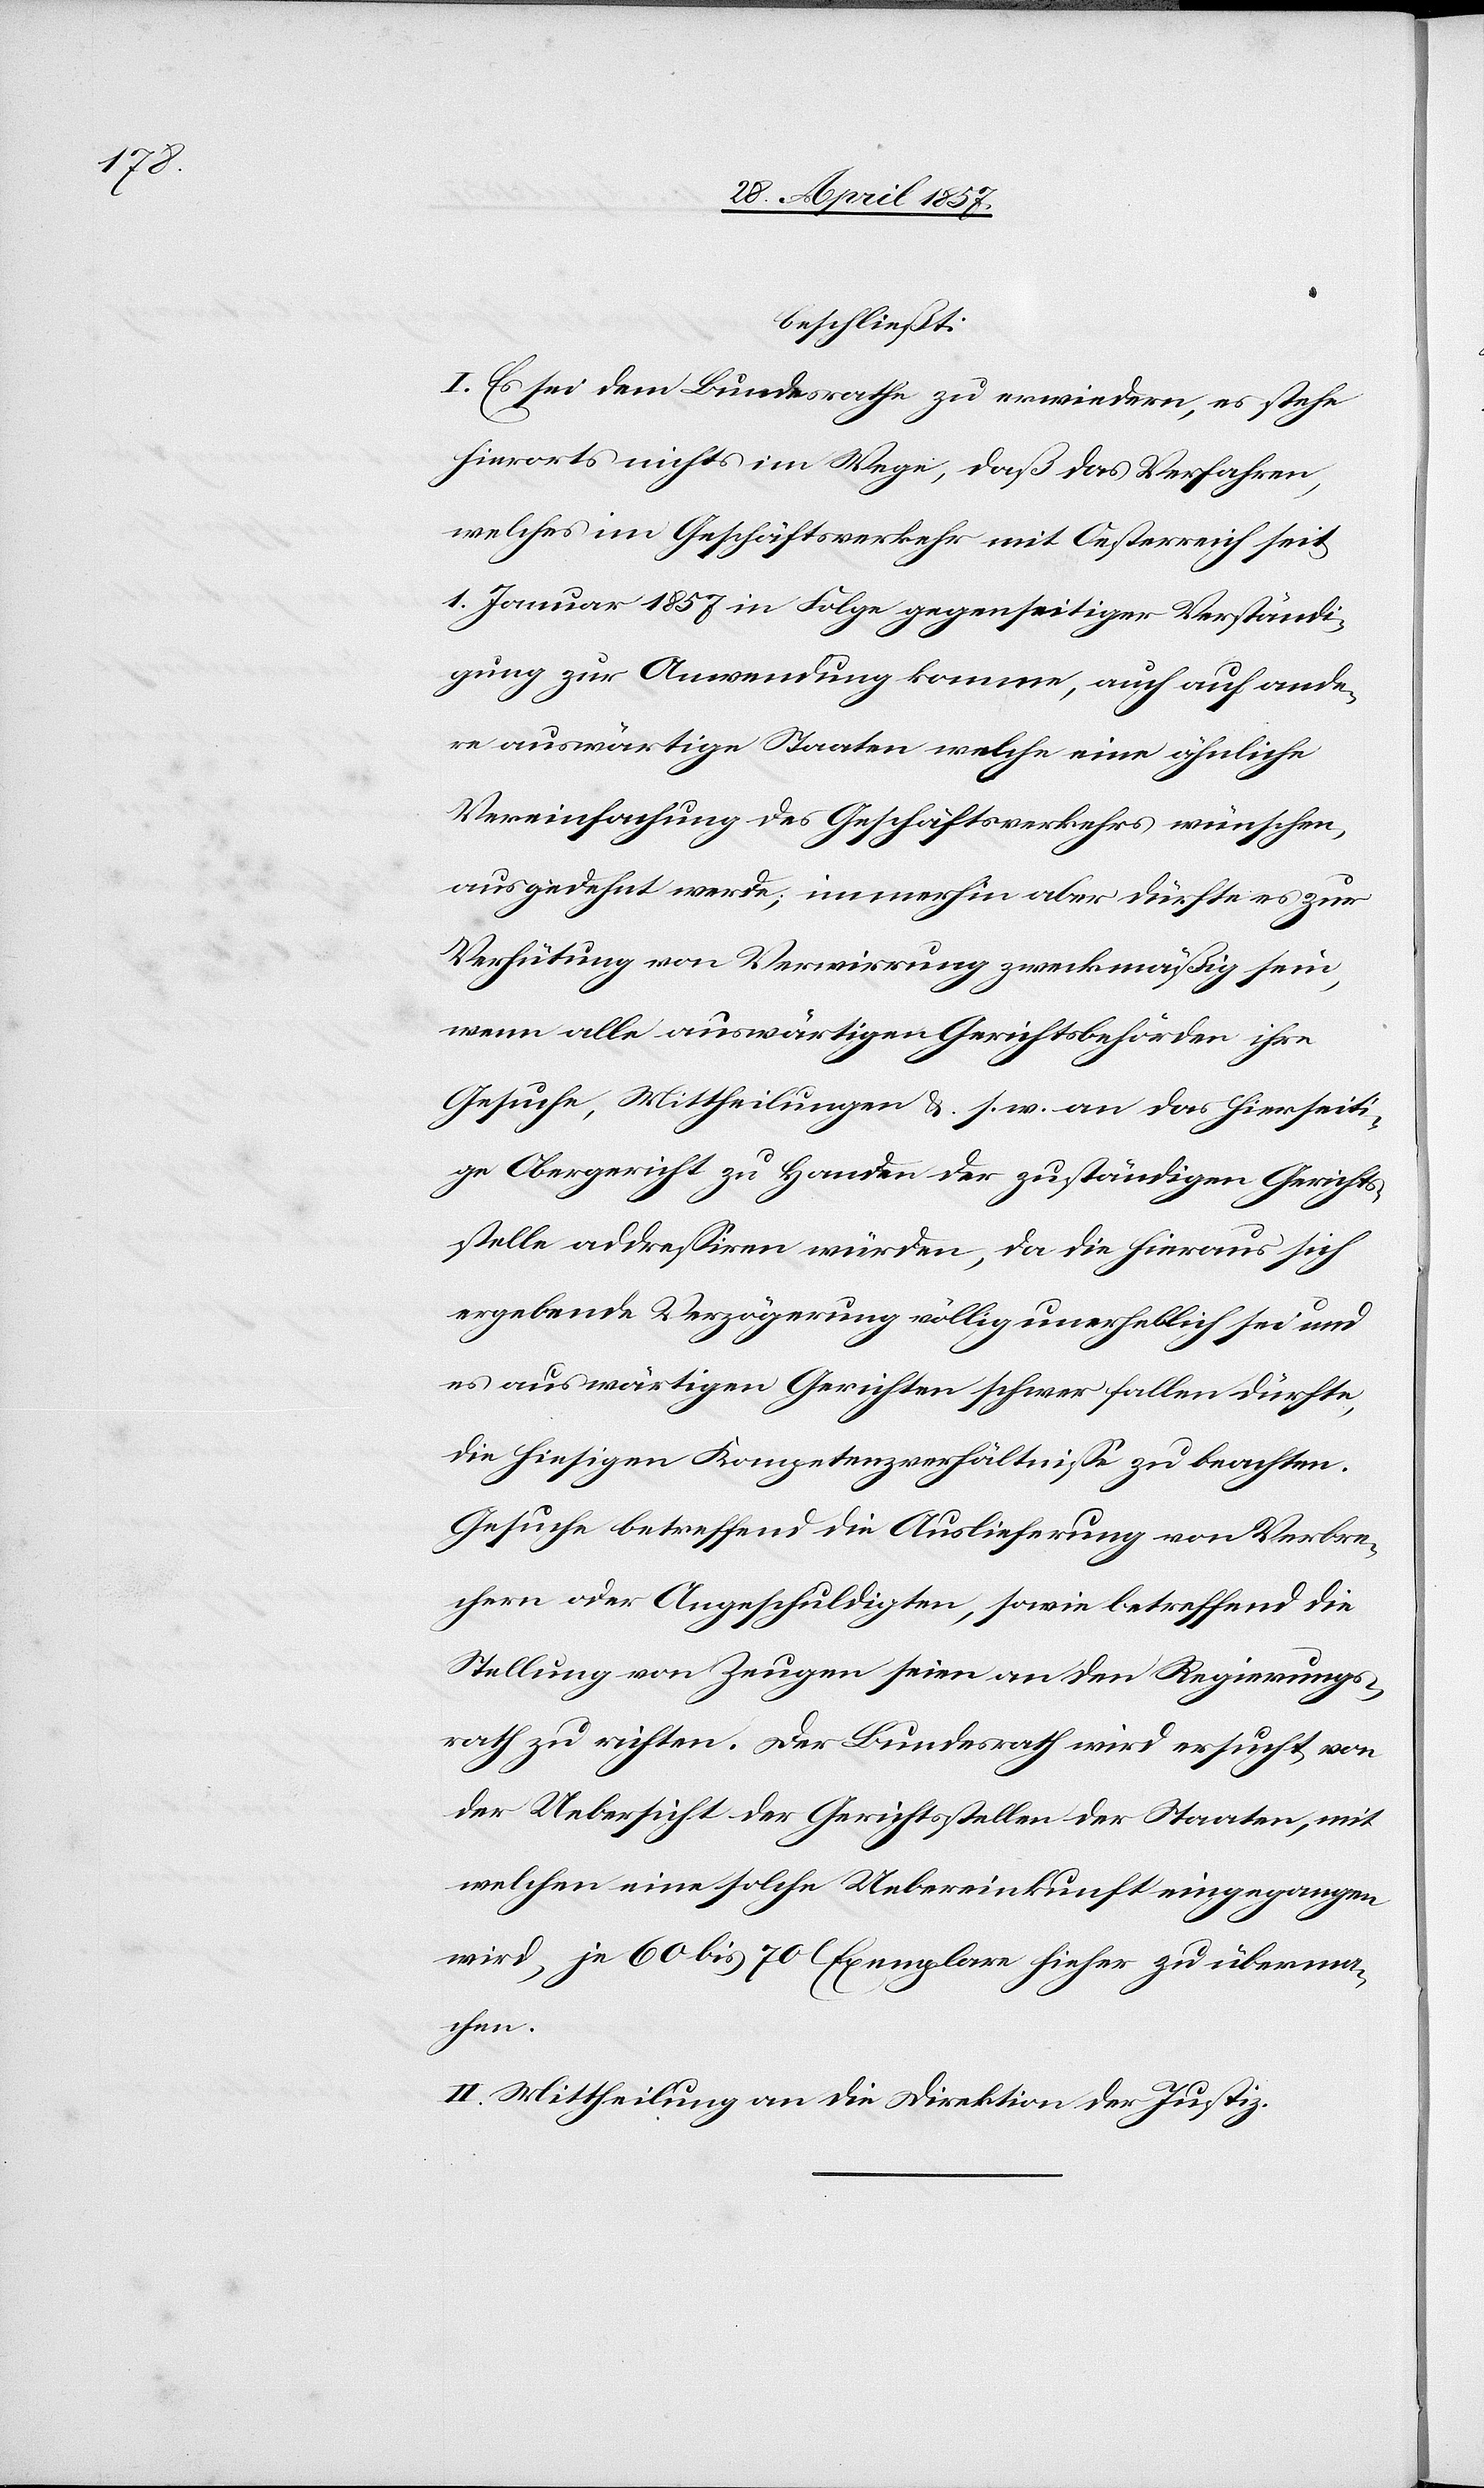
beschließt:
I. Es sei dem Bundesrathe zu erwiedern, es stehe
hierorts nichts im Wege, daß das Verfahren,
welches im Geschäftsverkehr mit Oesterreich seit
1 Januar 1857 in Folge gegenseitiger Verständi¬
gung zur Anwendung komme, auch auf ande¬
re auswärtige Staaten welche eine ähnliche
Vereinfachung des Geschäftsverkehres wünschen,
ausgedehnt werde, immerhin aber dürfte es zur
Verhütung von Verwirrung zweckmäßig sein,
wenn alle auswärtigen Gerichtsbehörden ihre
Gesuche, Mittheilungen &. s. w. an das hierseiti¬
ge Obergericht zu Handen der zuständigen Gerichts¬
stelle addreßiren würden, da die hieraus sich
ergebende Verzögerung völlig unerheblich sei und
es auswärtigen Gerichten schwer fallen dürfte,
die hiesigen Kompetenzverhältniße zu beachten.
Gesuche betreffend die Auslieferung von Verbre¬
chern oder Angeschuldigten, sowie betreffend die
Stellung von Zeugen seien an den Regierungs¬
rath zu richten. Der Bundesrath wird ersucht, von
der Uebersicht der Gerichtsstellen der Staaten, mit
welchen eine solche Uebereinkunft eingezogen
wird, je 60 bis 70 Exemplare hieher zu überma¬
chen.
II. Mittheilung an die Direktion der Justiz.